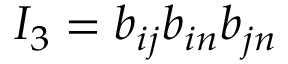
I _ { 3 } = b _ { i j } b _ { i n } b _ { j n }